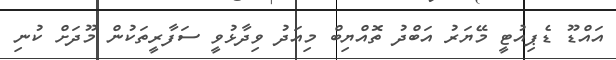
އައްޑޫ ޑެޕިއުޓީ މޭޔަރު އަބްދު ތޮއްޔިބް މިއަދު ވިދާޅުވީ ސަފާރީތަކުން މޫދަށް ކުނި